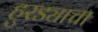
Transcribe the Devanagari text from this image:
हुरड्याचा